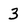
Character: 3